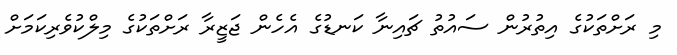
މި ރަށްތަކުގެ އިތުރުން ސައުތު ޗައިނާ ކަނޑުގެ އެހެން ޖަޒީރާ ރަށްތަކުގެ މިލްކުވެރިކަމަށް